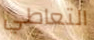
التعاطي